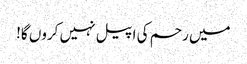
میں رحم کی اپیل نہیں کروں گا!